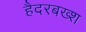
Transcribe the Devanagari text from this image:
हैदरबख्श